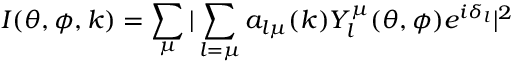
I ( \theta , \phi , k ) = \sum _ { \mu } \vert \sum _ { l = \mu } a _ { l \mu } ( k ) Y _ { l } ^ { \mu } ( \theta , \phi ) e ^ { i \delta _ { l } } \vert ^ { 2 }